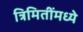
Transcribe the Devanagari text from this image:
त्रिमितींमध्ये